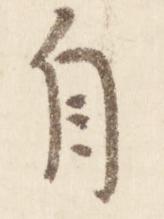
自